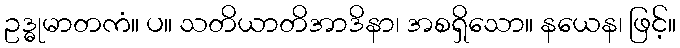
ဥဒ္ဓုမာတကံ။ ပ။ သတိယာတိအာဒိနာ၊ အစရှိသော။ နယေန၊ ဖြင့်။